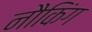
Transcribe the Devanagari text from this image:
नौकिंग